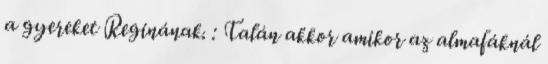
a gyereket Reginának. : Talán akkor amikor az almafáknál